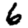
Digit: 6